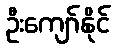
ဦးကျော်နိုင်